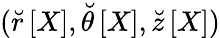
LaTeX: (\breve{r}\left[X\right],\breve{\theta}\left[X\right],\breve{z}\left[X\right])